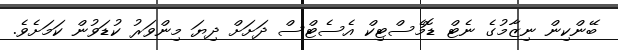
ބޭންކިން ނިޒާމުގެ ނެޓް ޑޮމެސްޓިކް އެސެޓްސް ދަށަށް ދިޔަ މިންވަރު ކުޑަވުން ކަމަށެެވެ.